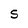
Character: S